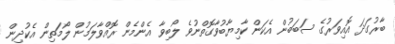
ބާރުގަދަ އޮއިވަރުގެ ސަބަބުން އެކަން ކާމިޔާބުވާގޮތްނުވެ ލޯބިވާ އެންމެން ރޮއްވާލަމުން ލޯމަތިން އެކުދިން